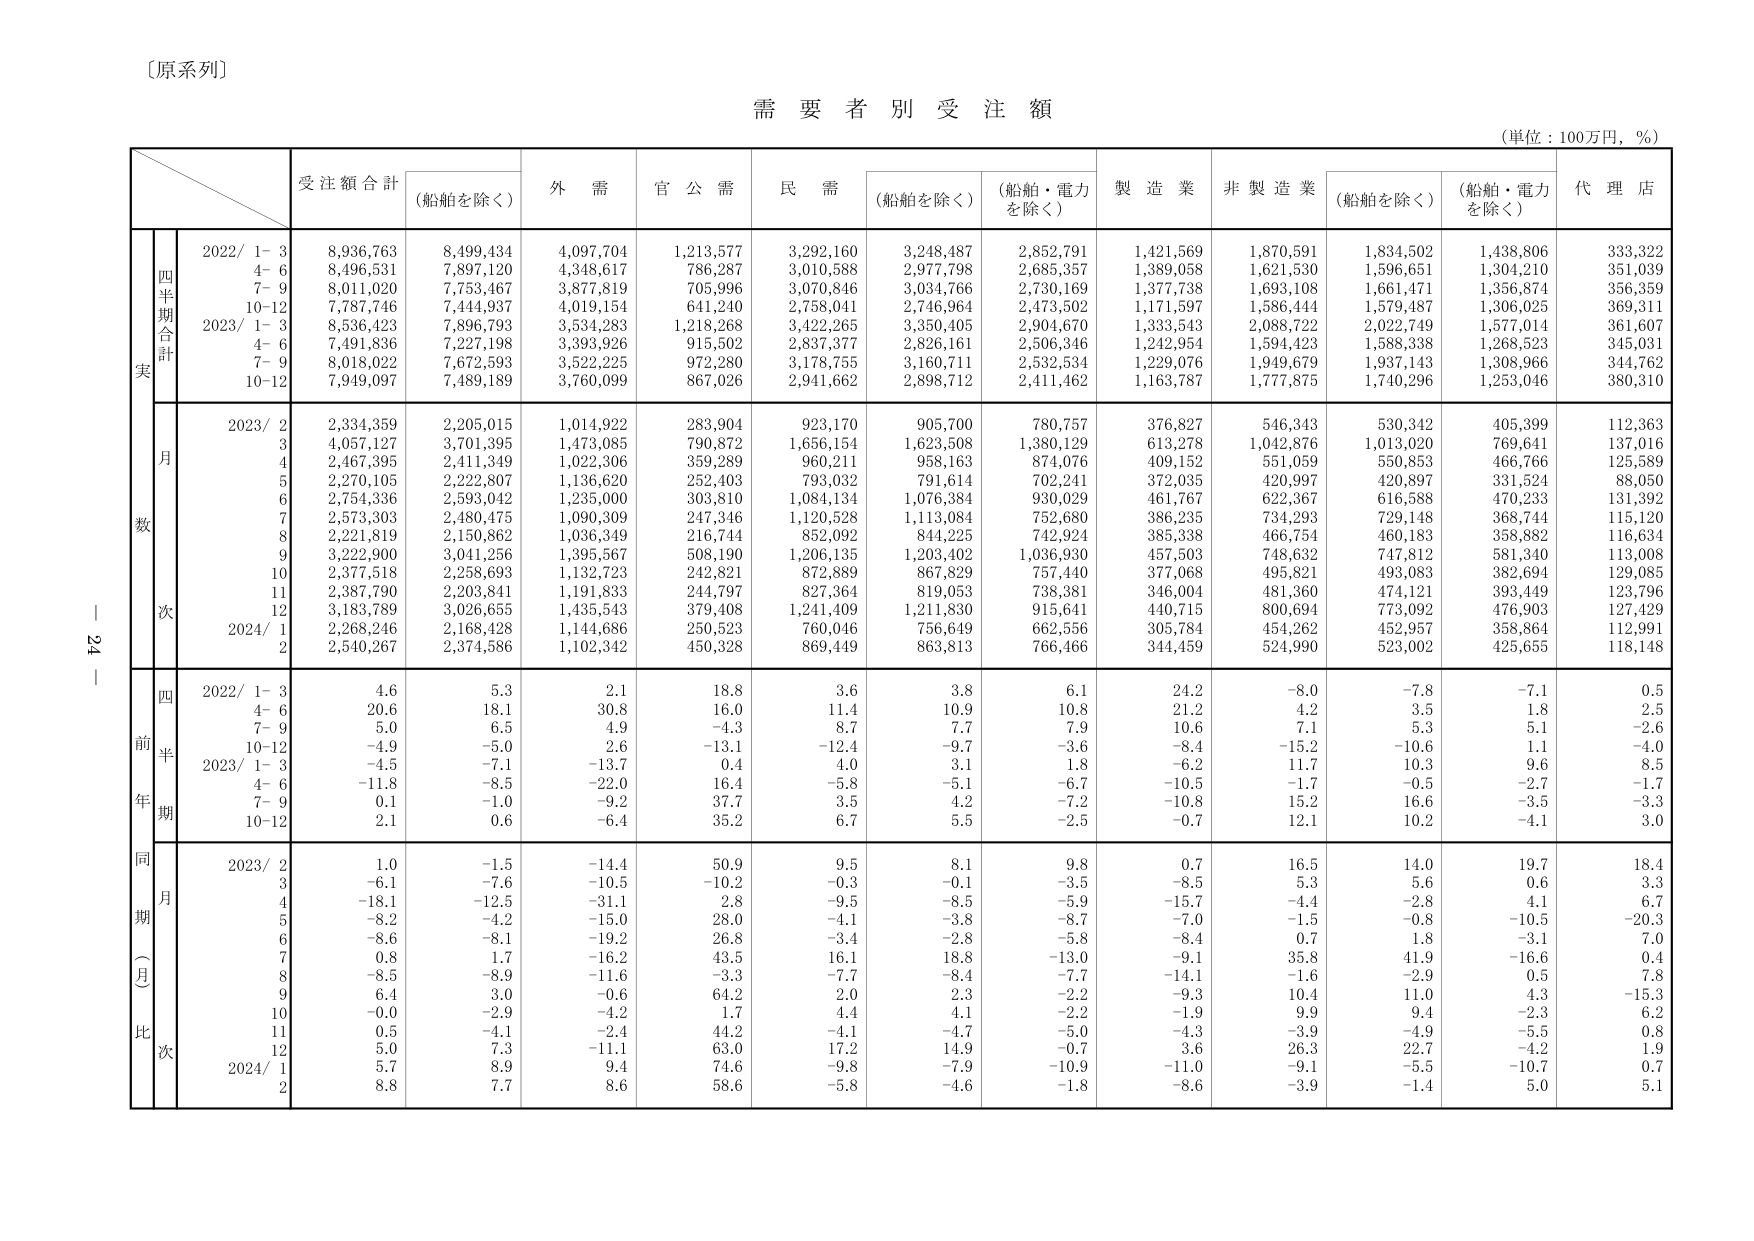
〔原系列〕

需要者別受注額
（単位：100万円，％）

受注額合計
（船舶を除く）
外需
官公需
民需
（船舶を除く）
（船舶・電力を除く）
製造業
非製造業
（船舶を除く）
（船舶・電力を除く）
代理店

実
四半期合計
2022/ 1- 3
8,936,763
8,499,434
4,097,704
1,213,577
3,292,160
3,248,487
2,852,791
1,421,569
1,870,591
1,834,502
1,438,806
333,322
4- 6
8,496,531
7,897,120
4,348,617
786,287
3,010,588
2,977,798
2,685,357
1,389,058
1,621,530
1,596,651
1,304,210
351,039
7- 9
8,011,020
7,753,467
3,877,819
705,996
3,070,846
3,034,766
2,730,169
1,377,738
1,693,108
1,661,471
1,356,874
356,359
10-12
7,787,746
7,444,937
4,019,154
641,240
2,758,041
2,746,964
2,473,502
1,171,597
1,586,444
1,579,487
1,306,025
369,311
2023/ 1- 3
8,536,423
7,896,793
3,534,283
1,218,268
3,422,265
3,350,405
2,904,670
1,333,543
2,088,722
2,022,749
1,577,014
361,607
4- 6
7,491,836
7,227,198
3,393,926
915,502
2,837,377
2,826,161
2,506,346
1,242,954
1,594,423
1,588,338
1,268,338
345,031
7- 9
8,018,022
7,672,593
3,522,225
972,280
3,178,755
3,160,711
2,532,534
1,229,076
1,949,679
1,937,143
1,308,966
344,762
10-12
7,949,097
7,489,189
3,760,099
867,026
2,941,662
2,898,712
2,411,462
1,163,787
1,777,875
1,740,296
1,253,046
380,310

数
月
2023/ 2
2,334,359
2,205,015
1,014,922
283,904
923,170
905,700
780,757
376,827
546,343
530,342
405,399
112,363
3
4,057,127
3,701,395
1,473,085
790,872
1,656,154
1,623,508
1,380,129
613,278
1,042,876
1,013,020
769,641
137,016
4
2,467,395
2,411,349
1,022,306
359,289
960,211
958,163
874,076
409,152
551,059
550,853
466,766
125,589
5
2,270,105
2,222,807
1,136,620
252,403
793,032
791,614
702,241
372,035
420,997
420,897
331,524
88,050
6
2,754,336
2,593,042
1,235,000
303,810
1,084,134
1,076,384
930,029
461,767
622,367
616,588
470,233
131,392
7
2,573,303
2,480,475
1,090,309
247,346
1,120,528
1,113,084
752,680
386,235
734,293
729,148
368,744
115,120
8
2,221,819
2,150,862
1,036,349
216,744
852,092
844,225
742,924
385,338
466,754
460,183
358,882
116,634
9
3,222,900
3,041,256
1,395,567
508,190
1,206,135
1,203,402
1,036,930
457,503
748,632
747,812
581,340
113,008
10
2,377,518
2,258,693
1,132,723
242,821
872,889
867,829
757,440
377,068
495,821
493,083
382,694
129,085
11
2,387,790
2,203,841
1,191,833
244,797
827,364
819,053
738,381
346,004
481,360
474,121
393,449
123,796
12
3,183,789
3,026,655
1,435,543
379,408
1,241,409
1,211,830
915,641
440,715
800,694
773,092
476,903
127,429
2024/ 1
2,268,246
2,168,428
1,144,686
250,523
760,046
756,649
662,556
305,784
454,262
452,957
358,864
112,991
2
2,540,267
2,374,586
1,102,342
450,328
869,449
863,813
766,466
344,459
524,990
523,002
425,655
118,148

前年同期（月比）次
四半期
2022/ 1- 3
4.6
5.3
2.1
18.8
3.6
3.8
6.1
24.2
-8.0
-7.8
-7.1
0.5
4- 6
20.6
18.1
30.8
16.0
11.4
10.9
10.8
21.2
4.2
3.5
1.8
2.5
7- 9
5.0
6.5
4.9
-4.3
8.7
7.7
7.9
10.6
7.1
5.3
5.1
-2.6
10-12
-4.9
-5.0
2.6
-13.1
-12.4
-9.7
-3.6
-8.4
-15.2
-10.6
1.1
-4.0
2023/ 1- 3
-4.5
-7.1
-13.7
0.4
4.0
3.1
1.8
-6.2
11.7
10.3
9.6
8.5
4- 6
-11.8
-8.5
-22.0
16.4
-5.8
-5.1
-6.7
-10.5
-1.7
-0.5
-2.7
-1.7
7- 9
0.1
-1.0
-9.2
37.7
3.5
4.2
-7.2
-10.8
15.2
16.6
-3.5
-3.3
10-12
2.1
0.6
-6.4
35.2
6.7
5.5
-2.5
-0.7
12.1
10.2
-4.1
3.0

同月期（月比）次
2023/ 2
1.0
-1.5
-14.4
50.9
9.5
8.1
9.8
0.7
16.5
14.0
19.7
18.4
3
-6.1
-7.6
-10.5
-10.2
-0.3
-0.1
-3.5
-8.5
5.3
5.6
0.6
3.3
4
-18.1
-12.5
-31.1
2.8
-9.5
-8.5
-5.9
-15.7
-4.4
-2.8
4.1
6.7
5
-8.2
-4.2
-15.0
28.0
-4.1
-3.8
-8.7
-7.0
-1.5
-0.8
-10.5
-20.3
6
-8.6
-8.1
-19.2
26.8
-3.4
-2.8
-5.8
-8.4
0.7
1.8
-3.1
7.0
7
0.8
1.7
-16.2
43.5
16.1
18.8
-13.0
-9.1
35.8
41.9
-16.6
0.4
8
-8.5
-8.9
-11.6
-3.3
-7.7
-8.4
-7.7
-14.1
-1.6
-2.9
0.5
7.8
9
6.4
3.0
-0.6
64.2
2.0
2.3
-2.2
-9.3
10.4
11.0
4.3
-15.3
10
-0.0
-2.9
-4.2
1.7
4.4
4.1
-2.2
-1.9
9.9
9.4
-2.3
6.2
11
0.5
-4.1
-2.4
44.2
-4.1
-4.7
-5.0
-4.3
-3.9
-4.9
-5.5
0.8
12
5.0
7.3
-11.1
63.0
17.2
14.9
-0.7
3.6
26.3
22.7
-4.2
1.9
2024/ 1
5.7
8.9
9.4
74.6
-9.8
-7.9
-10.9
-11.0
-9.1
-5.5
-10.7
0.7
2
8.8
7.7
8.6
58.6
-5.8
-4.6
-1.8
-8.6
-3.9
-1.4
5.0
5.1

— 24 —